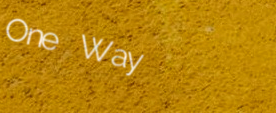
One Way